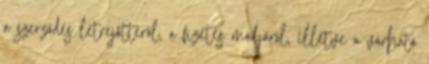
a szerződés létrejöttéről, a fizetés módjáról, illetve a várható